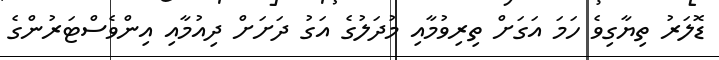
ޑޮލަރު ތިޔާގިވެ ހަމަ އަގަށް ތިރިވުމާއި މުދަލުގެ އަގު ދަށަށް ދިއުމާއި އިންވެސްޓަރުންގެ